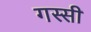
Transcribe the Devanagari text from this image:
गस्सी